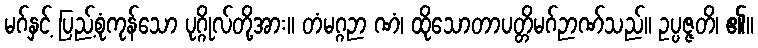
မဂ်နှင့် ပြည့်စုံကုန်သော ပုဂ္ဂိုလ်တို့အား။ တံမဂ္ဂဉာ ဏံ၊ ထိုသောတာပတ္တိမဂ်ဉာဏ်သည်။ ဥပ္ပဇ္ဇတိ၊ ၏။